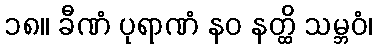
၁၈။ ခီဏံ ပုရာဏံ နဝ နတ္ထိ သမ္ဘဝံ၊